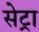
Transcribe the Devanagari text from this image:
सेट्रा